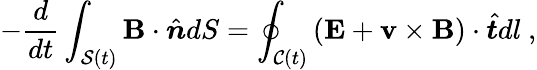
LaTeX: -\frac{d}{dt}\int_{\mathcal{S}(t)}\mathbf{B}\cdot\hat{\boldsymbol{n}}dS=\oint_{\mathcal{C}(t)}\left(\mathbf{E}+\mathbf{v}\times\mathbf{B}\right)\cdot\hat{\boldsymbol{t}}dl~,